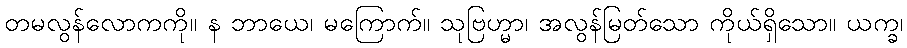
တမလွန်လောကကို။ န ဘာယေ၊ မကြောက်။ သုဗြဟ္မာ၊ အလွန်မြတ်သော ကိုယ်ရှိသော။ ယက္ခ၊